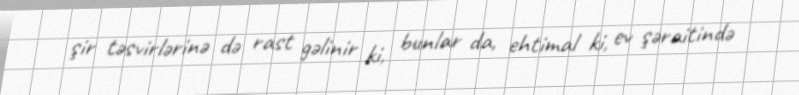
şir təsvirlərinə də rast gəlinir ki, bunlar da, ehtimal ki, ev şəraitində